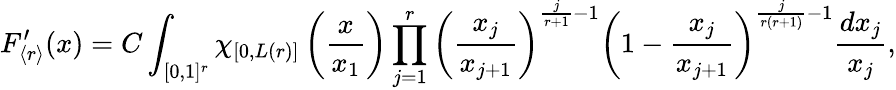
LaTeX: F_{\langle r\rangle}^{\prime}(x)=C\int_{[0,1]^{r}}\chi_{[0,L(r)]}\left(\frac{x}{x_{1}}\right)\prod_{j=1}^{r}\left(\frac{x_{j}}{x_{j+1}}\right)^{\frac{j}{r+1}-1}\left(1-\frac{x_{j}}{x_{j+1}}\right)^{\frac{j}{r(r+1)}-1}\frac{dx_{j}}{x_{j}},